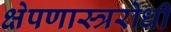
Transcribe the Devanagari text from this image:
क्षेपणास्त्ररोधी